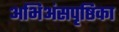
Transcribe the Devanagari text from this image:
अभिअंसपृष्ठिका